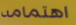
اهتمامه